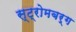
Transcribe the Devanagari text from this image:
स्ट्रोमबर्ग